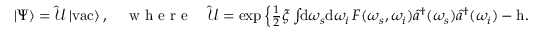
\begin{array} { r } { | \Psi \rangle = \hat { \mathcal { U } } \, | \mathrm { v a c } \rangle \, , \quad \mathrm { ~ w ~ h ~ e ~ r ~ e ~ } \quad \hat { \mathcal { U } } = \exp \left\{ \frac { 1 } { 2 } \xi \int \! \! \mathrm { d } \omega _ { s } \mathrm { d } \omega _ { i } \, F ( \omega _ { s } , \omega _ { i } ) \hat { a } ^ { \dagger } ( \omega _ { s } ) \hat { a } ^ { \dagger } ( \omega _ { i } ) - \mathrm { h . c . } \right\} } \end{array}